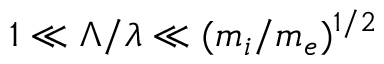
1 \ll \Lambda / \lambda \ll ( m _ { i } / m _ { e } ) ^ { 1 / 2 }